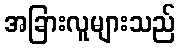
အခြားလူများသည်